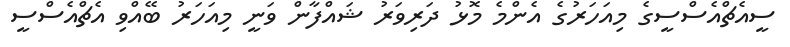
ސީއެޗްއެސްސީގެ މިއަހަރުގެ އެންމެ މޮޅު ދަރިވަރު ޝައްފާން ވަނީ މިއަހަރު ބޭއްވި އެޗްއެސްސީ